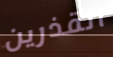
القذرين